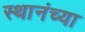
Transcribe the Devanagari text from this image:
स्थानंच्या